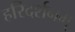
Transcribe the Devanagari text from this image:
हरिदर्शनम्